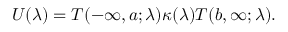
U ( \lambda ) = T ( - \infty , a ; \lambda ) \kappa ( \lambda ) T ( b , \infty ; \lambda ) .